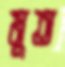
মুত